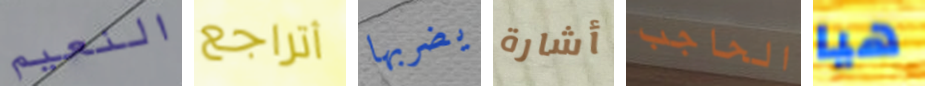
النعيم أتراجع يضربها أشارة الحاجب هيا